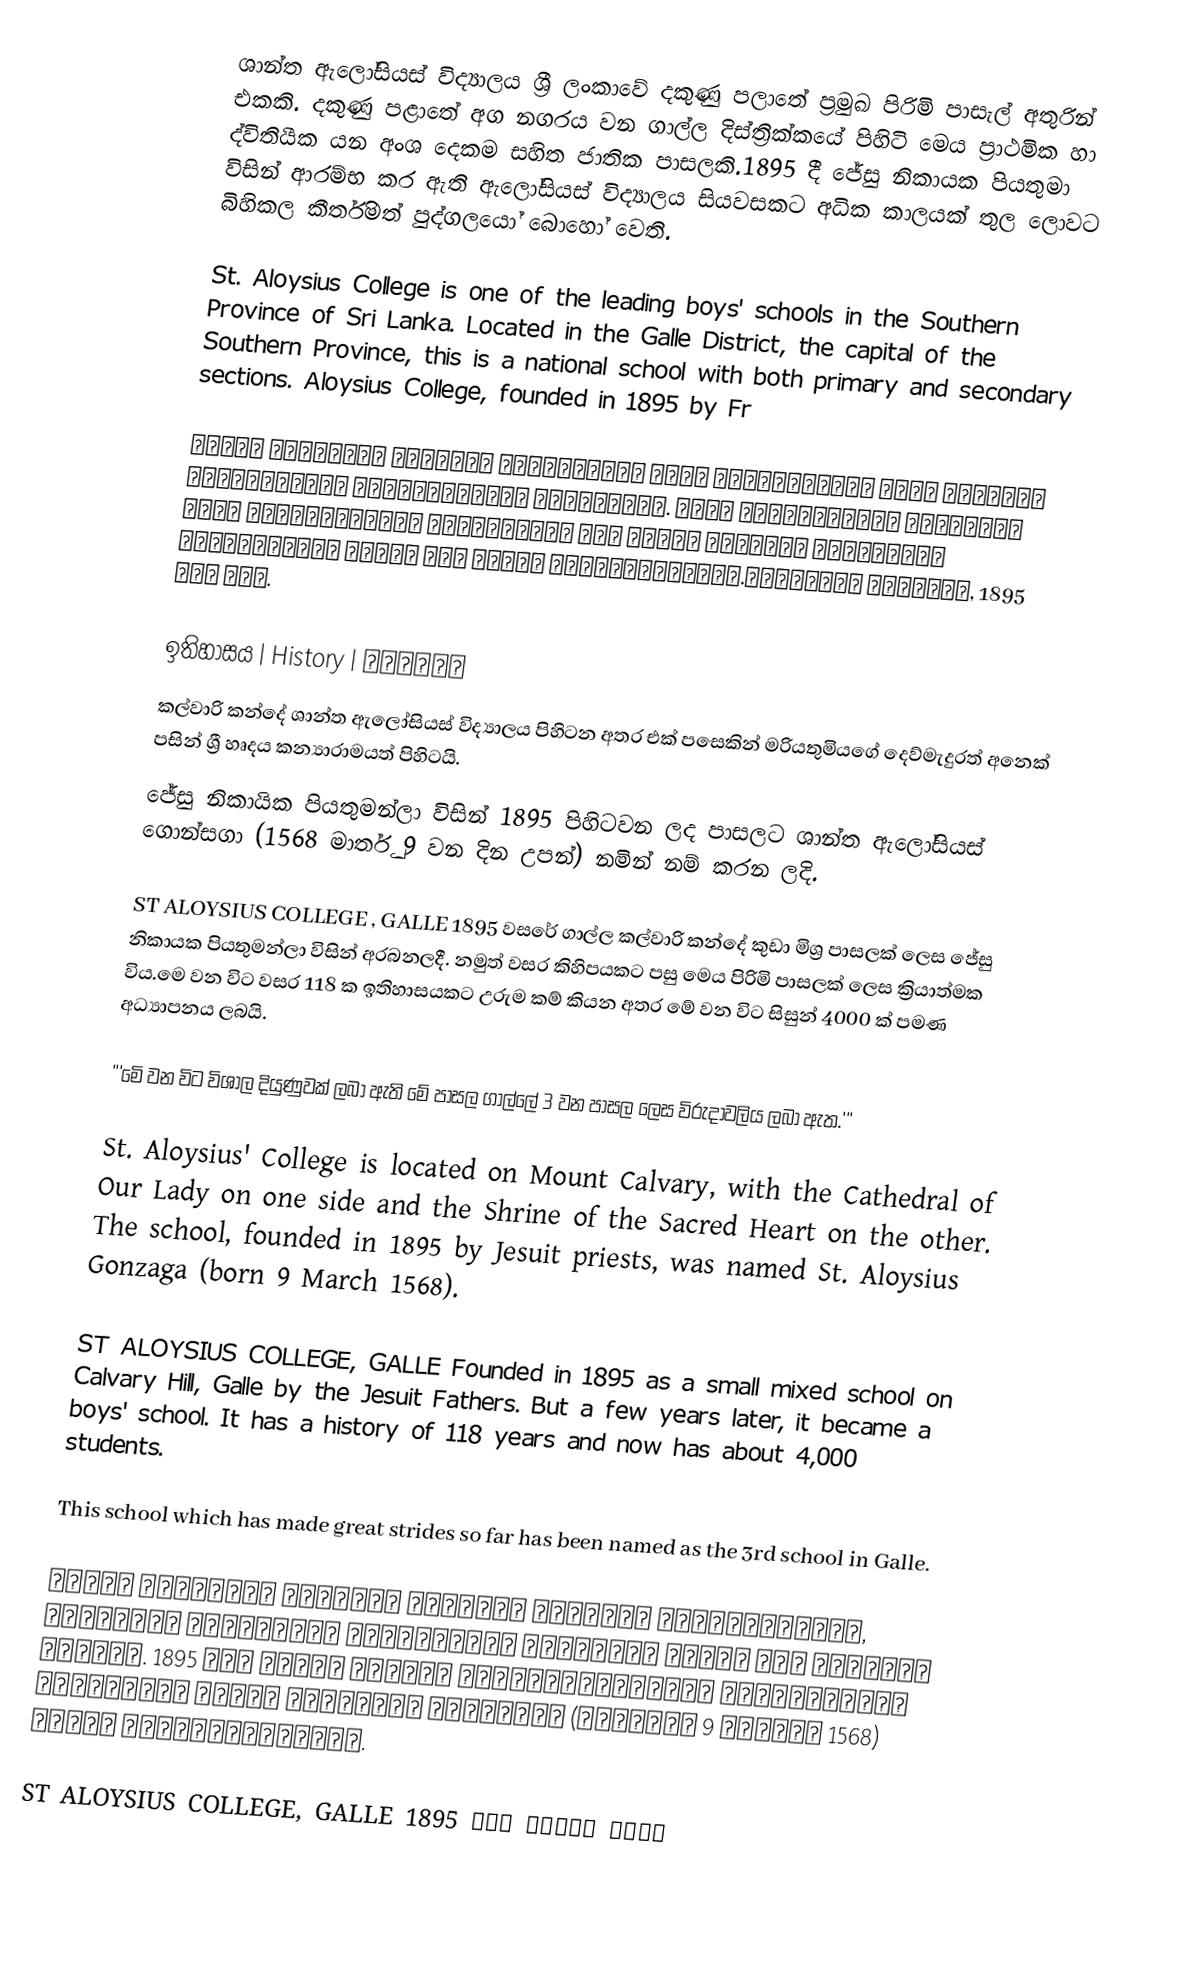
ශාන්ත ඇලෝසියස් විද්‍යාලය ශ්‍රී ලංකාවේ දකුණු පලාතේ ප්‍රමුඛ පිරිමි පාසැල් අතුරින් එකකි.  දකුණු පළාතේ අග නගරය වන ගාල්ල දිස්ත්‍රික්කයේ පිහිටි මෙය ප්‍රාථමික හා ද්විතියීක යන  අංශ දෙකම සහිත ජාතික පාසලකි.1895 දී ජේසු නිකායක පියතුමා විසින් ආරම්භ කර ඇති ඇලෝසියස් විද්‍යාලය සියවසකට අධික කාලයක් තුල  ලොවට බිහිකල කීර්තිමත් පුද්ගලයෝ බොහෝ වෙති.

St. Aloysius College is one of the leading boys' schools in the Southern Province of Sri Lanka. Located in the Galle District, the capital of the Southern Province, this is a national school with both primary and secondary sections. Aloysius College, founded in 1895 by Fr

புனித அலோசியஸ் கல்லூரி இலங்கையின் தென் மாகாணத்தில் உள்ள முன்னணி ஆண்களுக்கான பாடசாலைகளில் ஒன்றாகும். தென் மாகாணத்தின் தலைநகரான காலி மாவட்டத்தில் அமைந்துள்ள இது ஆரம்ப மற்றும் இடைநிலைப் பிரிவுகளைக் கொண்ட ஒரு தேசிய பாடசாலையாகும்.அலோசியஸ் கல்லூரி, 1895 இல் சகோ.

ඉතිහාසය | History | வரலாறு
 කල්වාරි කන්දේ ශාන්ත ඇලෝසියස් විද්‍යාලය පිහිටන අතර එක් පසෙකින් මරියතුමියගේ දෙව්මැදුරත් අනෙක් පසින් ශ්‍රී හෘදය කන්‍යාරාමයත් පිහිටයි.
 ජේසු  නිකායික පියතුමන්ලා විසින් 1895 පිහිටවන ලද පාසලට  ශාන්ත ඇලෝසියස් ගොන්සගා (1568 මාර්තු 9 වන දින උපන්) නමින් නම් කරන ලදි.

 ST ALOYSIUS COLLEGE , GALLE 1895 වසරේ ගාල්ල කල්වාරි කන්දේ කුඩා මිශ්‍ර පාසලක් ලෙස ජේසු නිකායක පියතුමන්ලා විසින් අරබනලදී. නමුත් වසර කිහිපයකට පසු මෙය පිරිමි පාසලක් ලෙස ක්‍රියාත්මක විය.මෙ වන විට වසර 118 ක ඉතිහාසයකට උරුම කම් කියන අතර මේ වන විට සිසුන් 4000 ක් පමණ අධ්‍යාපනය ලබයි.

 '''මෙි වන විට විශාල දියුණුවක් ලබා ඇති මේ පාසල ගාල්ලේ 3 වන පාසල ලෙස විරුදාවලිය ලබා ඇත.'''

 St. Aloysius' College is located on Mount Calvary, with the Cathedral of Our Lady on one side and the Shrine of the Sacred Heart on the other. The school, founded in 1895 by Jesuit priests, was named St. Aloysius Gonzaga (born 9 March 1568).

 ST ALOYSIUS COLLEGE, GALLE Founded in 1895 as a small mixed school on Calvary Hill, Galle by the Jesuit Fathers. But a few years later, it became a boys' school. It has a history of 118 years and now has about 4,000 students.

 This school which has made great strides so far has been named as the 3rd school in Galle.

 புனித அலோசியஸ் கல்லூரி கல்வாரி மலையில் அமைந்துள்ளது, ஒருபுறம் அன்னையின் பேராலயமும் மறுபுறம் புனித இதய ஆலயமும் உள்ளது. 1895 ஆம் ஆண்டு ஜேசுட் பாதிரியார்களால் நிறுவப்பட்ட பள்ளிக்கு புனித அலோசியஸ் கோன்சாகா (பிறப்பு 9 மார்ச் 1568) என்று பெயரிடப்பட்டது.

 ST ALOYSIUS COLLEGE, GALLE 1895 ஆம் ஆண்டு ஜேசு